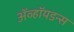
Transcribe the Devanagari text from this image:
ॲव्हॉयडन्स